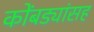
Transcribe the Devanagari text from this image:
कोंबड्यांसह